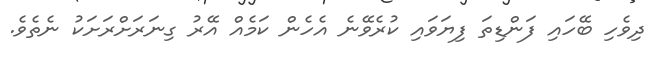
ދިވެހި ބޭހައި ފަންޑިތަ ފިޔަވައި ކުރެވޭނެ އެހެން ކަމެއް އޭރު ގިނަރަށްރަށަކު ނެތެވެ.